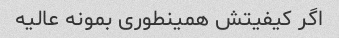
اگر کیفیتش همینطوری بمونه عالیه